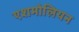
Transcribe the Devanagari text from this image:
एशमोलियन